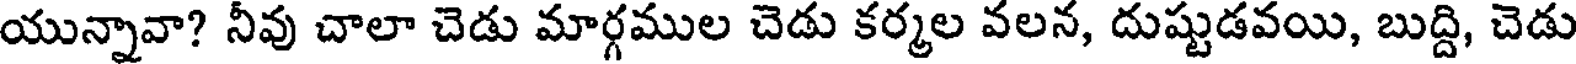
యున్నావా? నీవు చాలా చెడు మార్గముల చెడు కర్మల వలన, దుష్టుడవయి, బుద్ది, చెడు